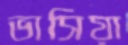
ভাসিয়া